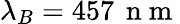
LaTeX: \lambda_{B}=457\, \mathrm{~n~m~}